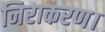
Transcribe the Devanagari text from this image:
निराकरण।